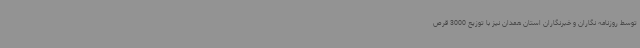
توسط روزنامه نگاران و خبرنگاران استان همدان نیز با توزیع 3000 قرص